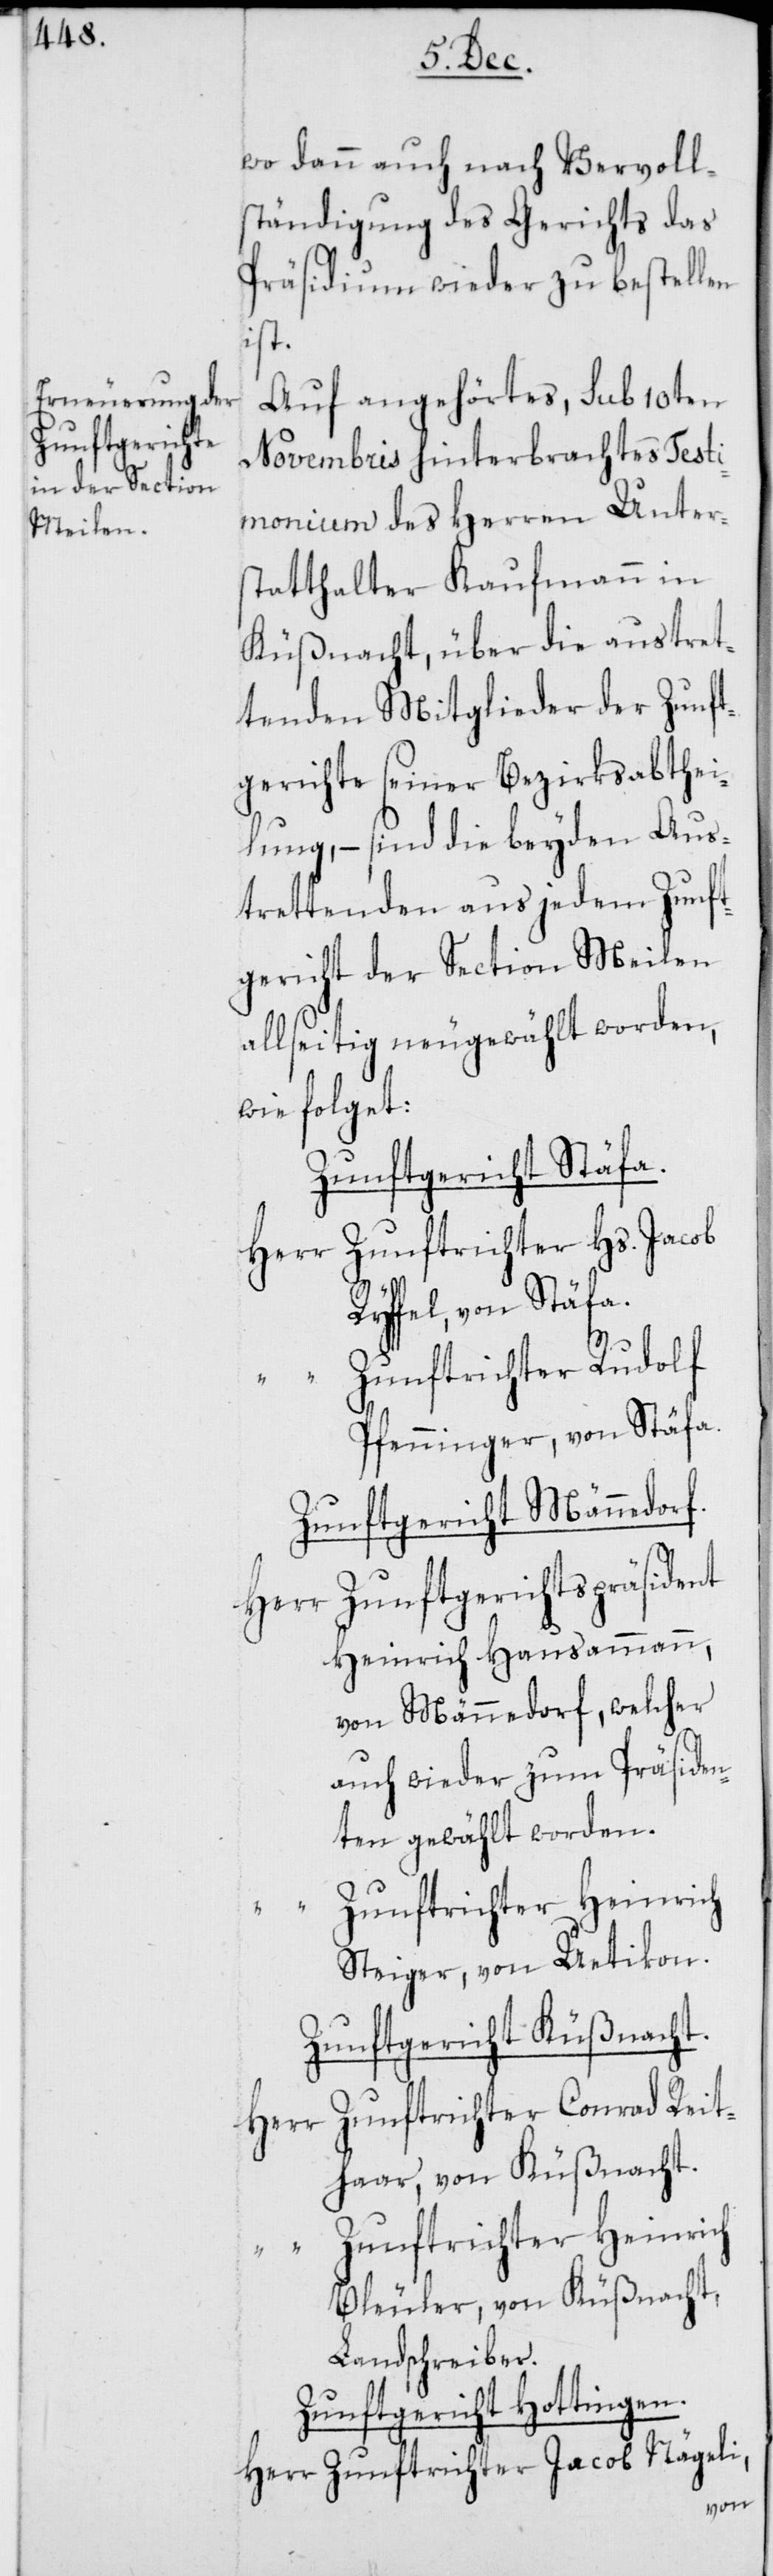
wo dann auch nach Vervoll¬
ständigung des Gerichts das
Präsidium wieder zu bestellen
ist.
Auf angehörtes, sub 10ten
Novembris hinterbrachtes Testi¬
monium des Herren Unter¬
statthalter Kaufmann in
Küßnacht, über die austret¬
tenden Mitglieder der Zunft¬
gerichte seiner Bezirksabthei¬
lung, – sind die beyden Aus¬
trettenden aus jedem Zunft¬
gericht der Section Meilen
allseitig neugewählt worden,
wie folget:
Zunftgericht Stäfa.
Herr Zunftrichter Hs. Jacob
Präsiden¬
“ Zunftrichter Rudolf
Pfenninger, von Stäfa.
Zunftgericht Männedorf.
Herr Zunftgerichtspräsident
Heinrich Hausammann,
von Männedorf, welcher
ten gewählt worden.
Zunftrichter Heinrich
Steiger, von Uetikon.
Zunftgericht Küßnacht.
Zunftrichter Conrad Reit¬
Herr
haar, von Küßnacht.
Zunftrichter Heinrich
Bleuler, von Küßnacht,
Landschreiber.
Zunftgericht Hottingen.
Herr Zunftrichter Jacob Nägeli,
von